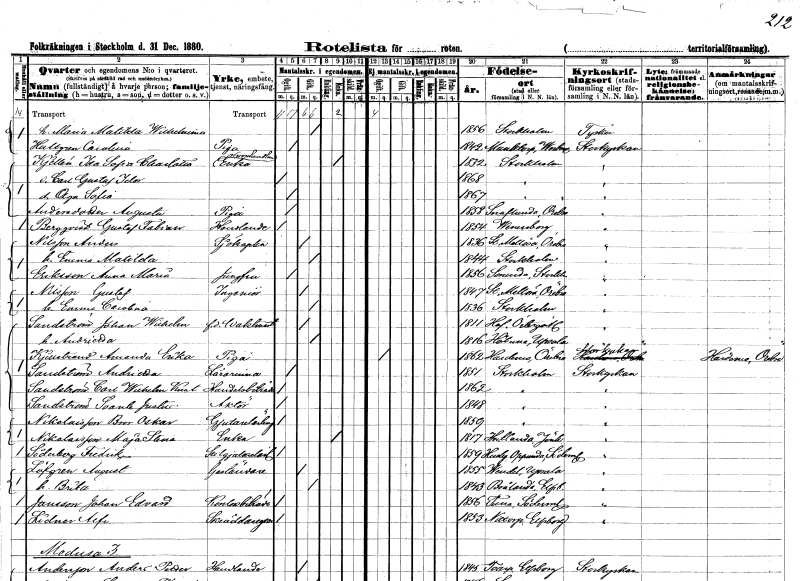
gt_parse: households: individuals: FN: Maria Matilda Wilhelmina
KON: K
CIV: G
FODAR: 1856
FODFORS: Stockholm
FN: Carolina
EN: Hultgren
YRKE: Piga
KON: K
CIV: O
FODAR: 1842
FODFORS: Munktorp Västmanlands län
FN: Ida Sofia Charlotta
EN: Kjellén
YRKE: Grosshandlareänka
KON: K
CIV: E
FODAR: 1832
FODFORS: Stockholm
FN: Carl Gustaf Idor
KON: M
CIV: O
FODAR: 1868
FODFORS: Stockholm
FN: Olga Sofia
KON: K
CIV: O
FODAR: 1867
FODFORS: Stockholm
FN: Augusta
EN: Andersdotter
YRKE: Piga
KON: K
CIV: O
FODAR: 1858
FODFORS: Snavlunda Örebro län
FN: Gustaf Fabian
EN: Bergqvist
YRKE: Handlande
KON: M
CIV: O
FODAR: 1854
FODFORS: Vänersborg Älvsborgs län
FN: Anders
EN: Nilsson
YRKE: Sjökapten
KON: M
CIV: G
FODAR: 1836
FODFORS: Stora Mellösa Örebro län
FN: Emma Matilda
KON: K
CIV: G
FODAR: 1844
FODFORS: Stockholm
FN: Anna Maria
EN: Eriksson
YRKE: Jungfru
KON: K
CIV: O
FODAR: 1856
FODFORS: Sorunda Södermanlands län
FN: Gustaf
EN: Nilsson
YRKE: Ingenjör
KON: M
CIV: G
FODAR: 1847
FODFORS: Stora Mellösa Örebro län
FN: Emma Carolina
KON: K
CIV: G
FODAR: 1836
FODFORS: Stockholm
FN: Johan Wilhelm
EN: Sandström
YRKE: Vaktmästare f.d.
KON: M
CIV: G
FODAR: 1811
FODFORS: Hov Östergötlands län
FN: Andrietta
KON: K
CIV: G
FODAR: 1816
FODFORS: Håtuna Stockholms län
FN: Amanda Erika
EN: Kjellstrand
YRKE: Piga
KON: K
CIV: O
FODAR: 1862
FODFORS: Hardemo Örebro län
FN: Andrietta
EN: Sandström
YRKE: Lärarinna
KON: K
CIV: O
FODAR: 1851
FODFORS: Stockholm
FN: Carl Wilhelm Knut
EN: Sandström
YRKE: Handelsbiträde
KON: M
CIV: O
FODAR: 1862
FODFORS: Stockholm
FN: Svante Justus
EN: Sandström
YRKE: Aktör
KON: M
CIV: O
FODAR: 1848
FODFORS: Stockholm
FN: Bror Oskar
EN: Nuklasson
YRKE: Gjutarelärling
KON: M
CIV: O
FODAR: 1859
FODFORS: Stockholm
FN: Maja Stina
EN: Niklasson
YRKE: Änka
KON: K
CIV: E
FODAR: 1817
FODFORS: Vetlanda Jönköpings län
FN: Fredrik
EN: Söderberg
YRKE: Stilgjutarelärling
KON: M
CIV: O
FODAR: 1859
FODFORS: Husby-Oppunda Södermanlands län
FN: August
EN: Löfgren
YRKE: Gaständare
KON: M
CIV: G
FODAR: 1855
FODFORS: Vendel Uppsala län
FN: Brita
KON: K
CIV: G
FODAR: 1843
FODFORS: Brålanda Älvsborgs län
FN: Johan Edvard
EN: Jansson
YRKE: Kontorsbiträde
KON: M
CIV: O
FODAR: 1856
FODFORS: Tuna Södermanlands län
FN: Alf
EN: Lidner
YRKE: Skräddaregesäll
KON: M
CIV: O
FODAR: 1853
FODFORS: Nittorp Älvsborgs län